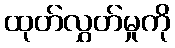
ထုတ်လွှတ်မှုကို